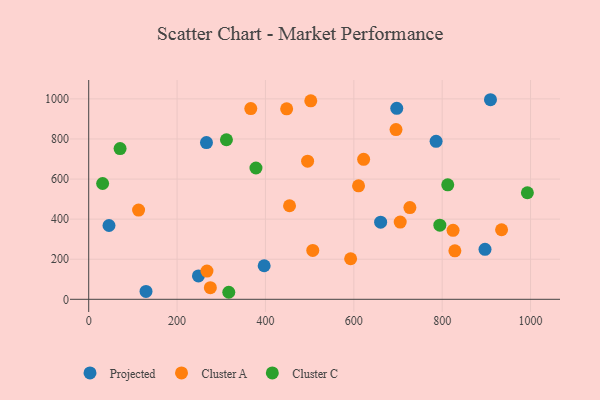
{"axis": {"x": "Experience", "y": "Yield"}, "legend": ["Cluster A", "Cluster C", "Projected"], "data": [{"x": "266.5", "y": 782.0, "type": "Projected"}, {"x": "909.3", "y": 995.9, "type": "Projected"}, {"x": "896.9", "y": 249.5, "type": "Projected"}, {"x": "45.9", "y": 368.3, "type": "Projected"}, {"x": "248.3", "y": 116.7, "type": "Projected"}, {"x": "397.1", "y": 167.4, "type": "Projected"}, {"x": "129.7", "y": 39.2, "type": "Projected"}, {"x": "697.2", "y": 952.9, "type": "Projected"}, {"x": "660.7", "y": 385.0, "type": "Projected"}, {"x": "786.2", "y": 788.1, "type": "Projected"}, {"x": "502.6", "y": 990.3, "type": "Cluster A"}, {"x": "828.7", "y": 241.9, "type": "Cluster A"}, {"x": "275.3", "y": 58.3, "type": "Cluster A"}, {"x": "622.2", "y": 698.7, "type": "Cluster A"}, {"x": "448.0", "y": 950.4, "type": "Cluster A"}, {"x": "267.6", "y": 140.8, "type": "Cluster A"}, {"x": "507.1", "y": 243.9, "type": "Cluster A"}, {"x": "726.9", "y": 457.5, "type": "Cluster A"}, {"x": "934.4", "y": 347.1, "type": "Cluster A"}, {"x": "824.6", "y": 344.4, "type": "Cluster A"}, {"x": "366.8", "y": 951.5, "type": "Cluster A"}, {"x": "705.0", "y": 385.6, "type": "Cluster A"}, {"x": "112.9", "y": 445.3, "type": "Cluster A"}, {"x": "592.8", "y": 202.3, "type": "Cluster A"}, {"x": "695.5", "y": 847.1, "type": "Cluster A"}, {"x": "610.7", "y": 566.5, "type": "Cluster A"}, {"x": "454.5", "y": 466.8, "type": "Cluster A"}, {"x": "495.4", "y": 689.5, "type": "Cluster A"}, {"x": "71.0", "y": 752.3, "type": "Cluster C"}, {"x": "812.6", "y": 571.3, "type": "Cluster C"}, {"x": "378.5", "y": 655.2, "type": "Cluster C"}, {"x": "311.7", "y": 796.1, "type": "Cluster C"}, {"x": "794.7", "y": 370.1, "type": "Cluster C"}, {"x": "317.0", "y": 35.1, "type": "Cluster C"}, {"x": "992.8", "y": 531.7, "type": "Cluster C"}, {"x": "31.5", "y": 577.9, "type": "Cluster C"}]}